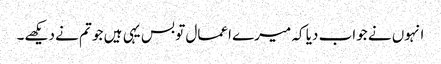
انہوں نے جواب دیا کہ میرے اعمال تو بس یہی ہیں جو تم نے دیکھے۔